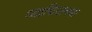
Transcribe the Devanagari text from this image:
व्‍याधिजनक